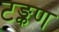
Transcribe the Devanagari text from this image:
टङ्कण